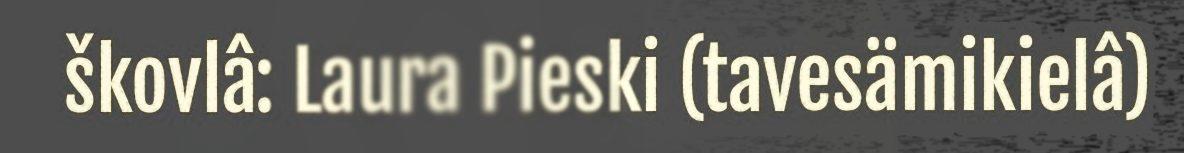
škovlâ: Laura Pieski (tavesämikielâ)